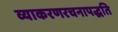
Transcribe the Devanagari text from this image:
व्याकरणरचनापद्धति